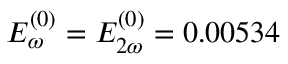
E _ { \omega } ^ { ( 0 ) } = E _ { 2 \omega } ^ { ( 0 ) } = 0 . 0 0 5 3 4